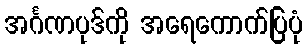
အင်္ဂဏပုဒ်ကို အရေကောက်ပြပုံ